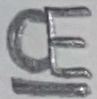
Text: CE